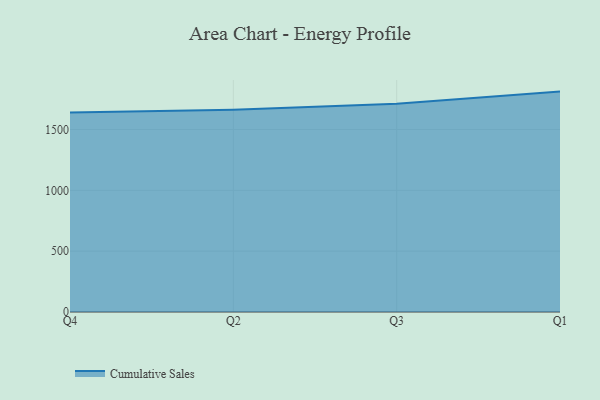
{"axis": {"x": "Quarter", "y": "Conversion Rate (%)"}, "legend": ["Cumulative Sales"], "data": [{"x": "Q4", "y": 1638.7, "type": "Cumulative Sales"}, {"x": "Q2", "y": 1661.6, "type": "Cumulative Sales"}, {"x": "Q3", "y": 1710.9, "type": "Cumulative Sales"}, {"x": "Q1", "y": 1811.4, "type": "Cumulative Sales"}]}